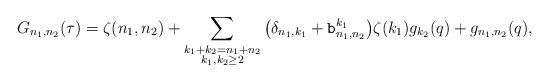
LaTeX: \begin{align*} G_{n_1,n_2}(\tau) = \zeta(n_1,n_2)+\sum_{\substack{k_1+k_2=n_1+n_2\\k_1,k_2\ge2}} \big( \delta_{n_1,k_1} + {\tt b}_{n_1,n_2}^{k_1} \big) \zeta(k_1)g_{k_2}(q) + g_{n_1,n_2}(q),\end{align*}